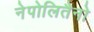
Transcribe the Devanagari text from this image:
नेपोलितैनो